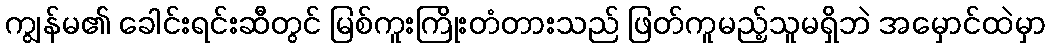
ကျွန်မ၏ ခေါင်းရင်းဆီတွင် မြစ်ကူးကြိုးတံတားသည် ဖြတ်ကူမည့်သူမရှိဘဲ အမှောင်ထဲမှာ